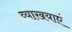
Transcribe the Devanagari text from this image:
व्याखयाएं